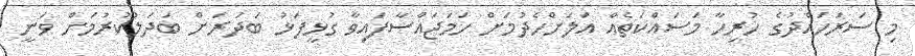
މި ސަރަހައްދުގެ ހުރިހާ މަސައްކަތެއް އަލަށްހެދުމަށް ހަމަޖައްސާފައިވާ ގުޅީފަޅު ބަދަރަށް ބަދަލުކުރުމަށް ވަނީ